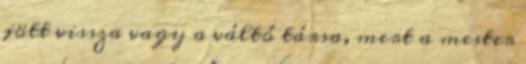
jött vissza vagy a váltó társa, mert a mester